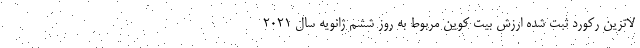
لاترین رکورد ثبت شده ارزش بیت کوین مربوط به روز ششم ژانویه سال ۲۰۲۱